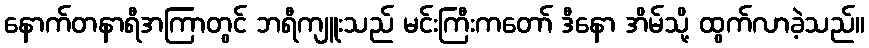
နောက်တနာရီအကြာတွင် ဘရီကျူးသည် မင်းကြီးကတော် ဒီနော အိမ်သို့ ထွက်လာခဲ့သည်။